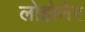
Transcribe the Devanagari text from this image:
लोहोणेर